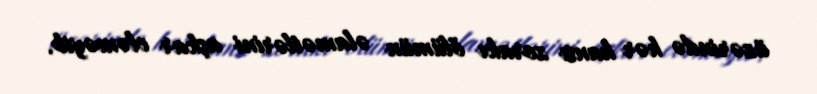
üzərində hər hansı zorakı ölümün əlamətlərini aşkar eləməyib.